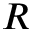
R